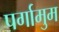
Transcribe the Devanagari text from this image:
पर्गामुम